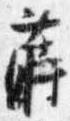
蒔